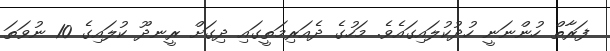
ފަރާތް ހުންނަނީ ހުދުކުލައިގައެވެ. މަހުގެ ދެއަރިމަތީގައި ދިގަށް ރީނދޫ ކުލައިގެ 10 ނުވަތަ